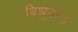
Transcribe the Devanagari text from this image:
विश्रुता॥